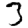
Digit: 3